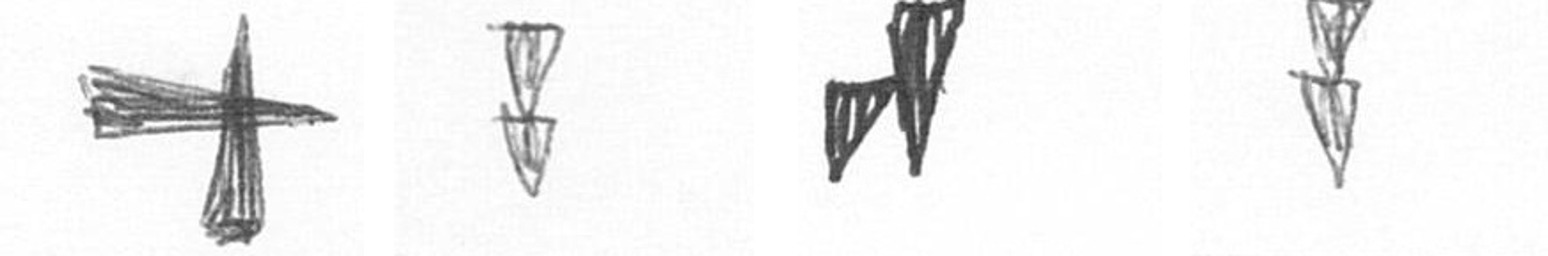
G Z M Z